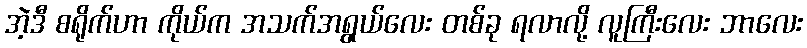
အဲ့ဒီ စရိုက်ဟာ ကိုယ်က အသက်အရွယ်လေး တစ်ခု ရလာလို့ လူကြီးလေး ဘာလေး